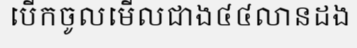
បើកចូលមើលជាង៤៤លានដង